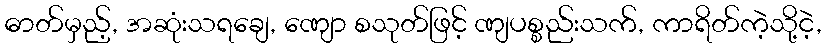
ဓာတ်မှည့်, အဆုံးသရချေ, ဏျော စသုတ်ဖြင့် ဏျပစ္စည်းသက်, ကာရိတ်ကဲ့သို့ငဲ့,